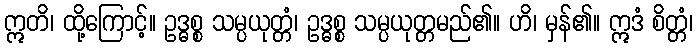
ဣတိ၊ ထို့ကြောင့်။ ဥဒ္ဓစ္စ သမ္ပယုတ္တံ၊ ဥဒ္ဓစ္စ သမ္ပယုတ္တမည်၏။ ဟိ၊ မှန်၏။ ဣဒံ စိတ္တံ၊